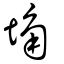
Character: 埆